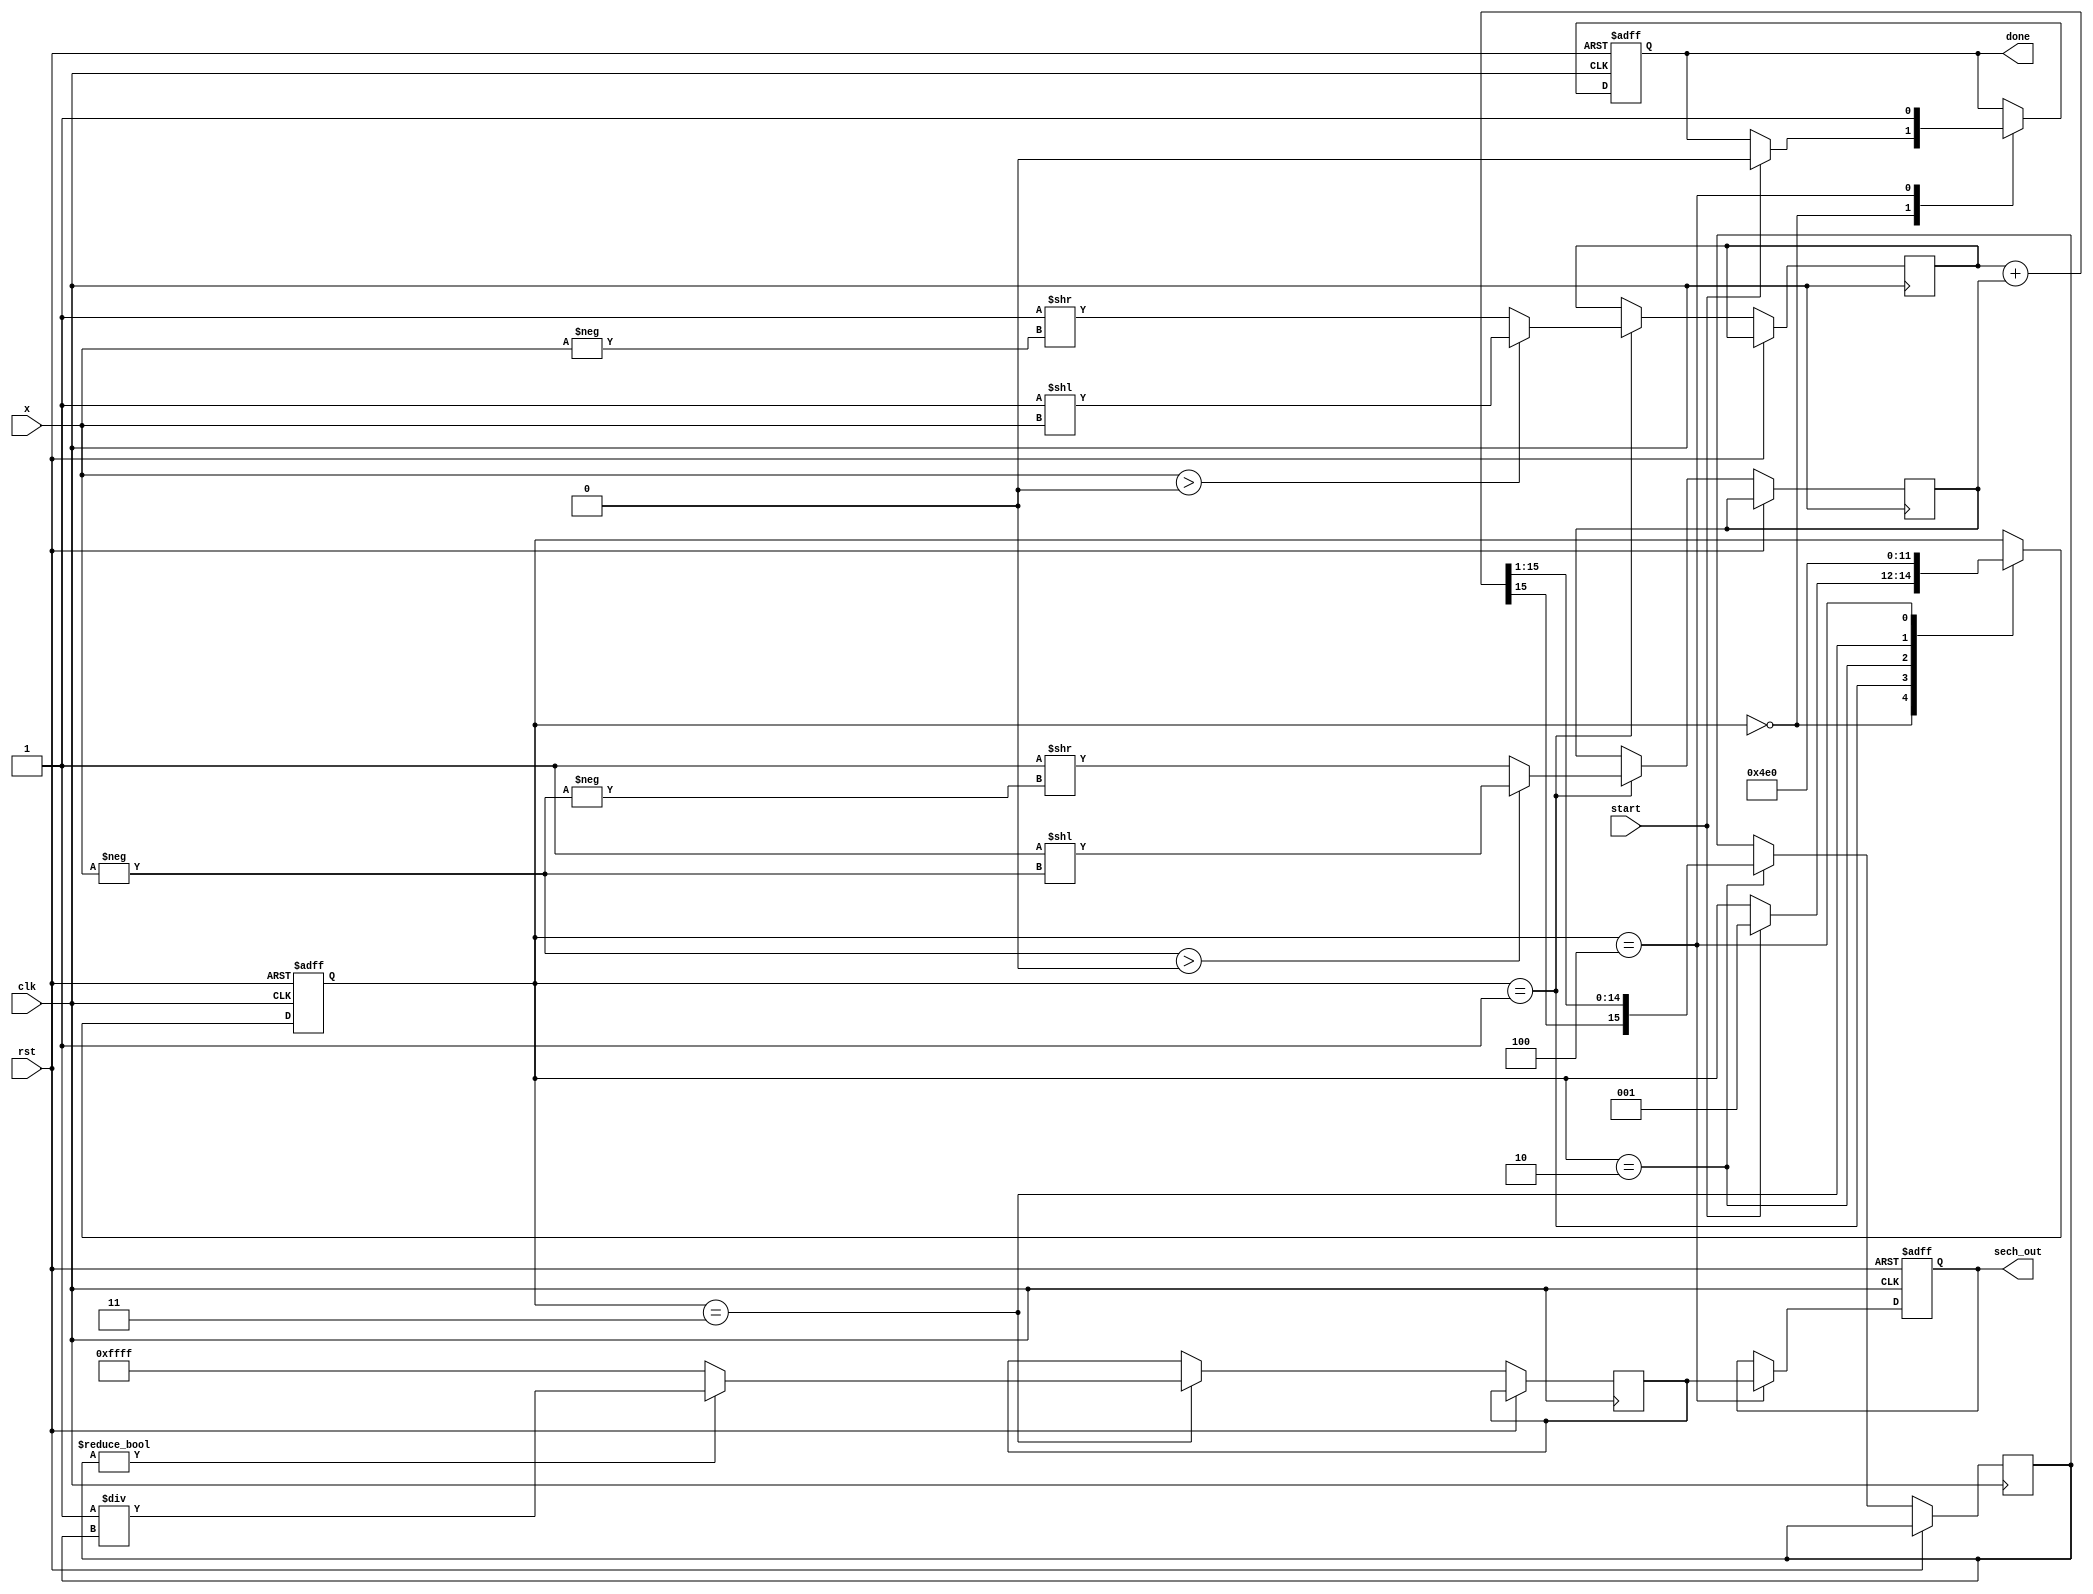
module hyperbolic_secant (
    input wire signed [15:0] x,  // Input value (fixed-point, 16 bits)
    output reg signed [15:0] sech_out, // Output value (fixed-point, 16 bits)
    input wire clk,
    input wire rst,
    input wire start,
    output reg done
);

    // Internal signals
    reg signed [15:0] exp_x;
    reg signed [15:0] exp_neg_x;
    reg signed [15:0] cosh_x;
    reg signed [15:0] cosh_x_inv;
    reg [2:0] state;

    // State encoding
    localparam IDLE = 3'b000,
               EXP_CALC = 3'b001,
               COSH_CALC = 3'b010,
               RECIP_CALC = 3'b011,
               OUTPUT = 3'b100;

    // Exponential calculation (simple approximation for demonstration)
    function signed [15:0] exp_func(input signed [15:0] val);
        // Placeholder for exponential function (to be replaced with actual implementation)
        exp_func = (val > 0) ? (16'h0001 << val) : (16'h0001 >> -val);
    endfunction

    // Sequential logic for state machine
    always @(posedge clk or posedge rst) begin
        if (rst) begin
            state <= IDLE;
            sech_out <= 16'h0000;
            done <= 0;
        end else begin
            case (state)
                IDLE: begin
                    if (start) begin
                        state <= EXP_CALC;
                        done <= 0;
                    end
                end

                EXP_CALC: begin
                    exp_x <= exp_func(x);
                    exp_neg_x <= exp_func(-x);
                    state <= COSH_CALC;
                end

                COSH_CALC: begin
                    cosh_x <= (exp_x + exp_neg_x) >>> 1; // Compute cosh(x)
                    state <= RECIP_CALC;
                end

                RECIP_CALC: begin
                    // Simple reciprocal calculation (to be replaced with Newton-Raphson or similar)
                    if (cosh_x != 0) begin
                        cosh_x_inv <= 16'h0001 / cosh_x; // Compute 1/cosh(x)
                    end else begin
                        cosh_x_inv <= 16'hFFFF; // Handle division by zero
                    end
                    state <= OUTPUT;
                end

                OUTPUT: begin
                    sech_out <= cosh_x_inv; // Output the result
                    done <= 1;
                    state <= IDLE; // Go back to IDLE
                end
            endcase
        end
    end

endmodule